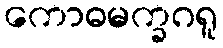
ကောဓမက္ခဂရူ